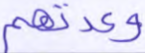
وعدتهم